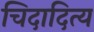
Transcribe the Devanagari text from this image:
चिदादित्य